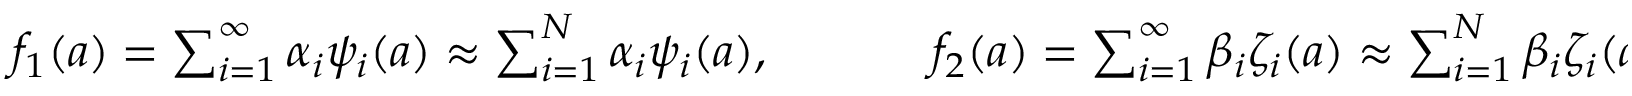
\begin{array} { r } { f _ { 1 } ( \boldsymbol { a } ) = \sum _ { i = 1 } ^ { \infty } \alpha _ { i } \psi _ { i } ( \boldsymbol { a } ) \approx \sum _ { i = 1 } ^ { N } \alpha _ { i } \psi _ { i } ( \boldsymbol { a } ) , \ \ \ \ \ \ \ \ \ \ f _ { 2 } ( \boldsymbol { a } ) = \sum _ { i = 1 } ^ { \infty } \beta _ { i } \zeta _ { i } ( \boldsymbol { a } ) \approx \sum _ { i = 1 } ^ { N } \beta _ { i } \zeta _ { i } ( \boldsymbol { a } ) , } \end{array}